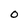
Character: O